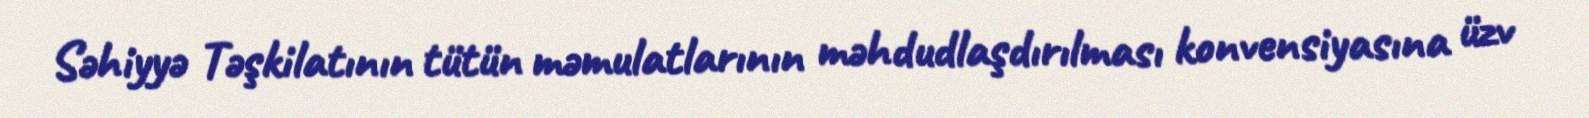
Səhiyyə Təşkilatının tütün məmulatlarının məhdudlaşdırılması konvensiyasına üzv